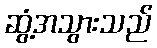
ဆွံ့အသွားသည်